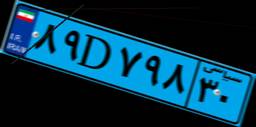
۹۳D۹۵۵۶۹